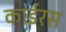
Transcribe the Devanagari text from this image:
काईरस